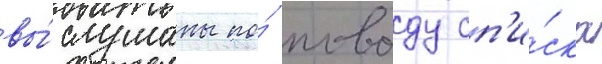
вы́слушаны по́ поводу сп'и́ска